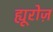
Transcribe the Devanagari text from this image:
ह्यूरोज़